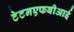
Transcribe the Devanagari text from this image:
टेटनएफबीआई